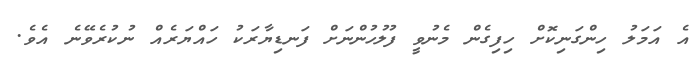
އެ އަމަލު ހިންގަނިކޮށް ހިފިގެން މެނުވީ ފުލުހުންނަށް ފަނޑިޔާރަކު ހައްޔަރެއް ނުކުރެވޭނެ އެވެ.